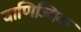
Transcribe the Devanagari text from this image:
वाणिज्यिक